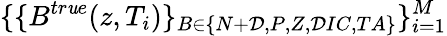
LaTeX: \{ \{ B^{tr\mathit{u}e}(z,T_{i})\} _{B\in\{ N+\mathcal{D},P,Z,\mathcal{D}IC,TA\} }\} _{i=1}^{M}